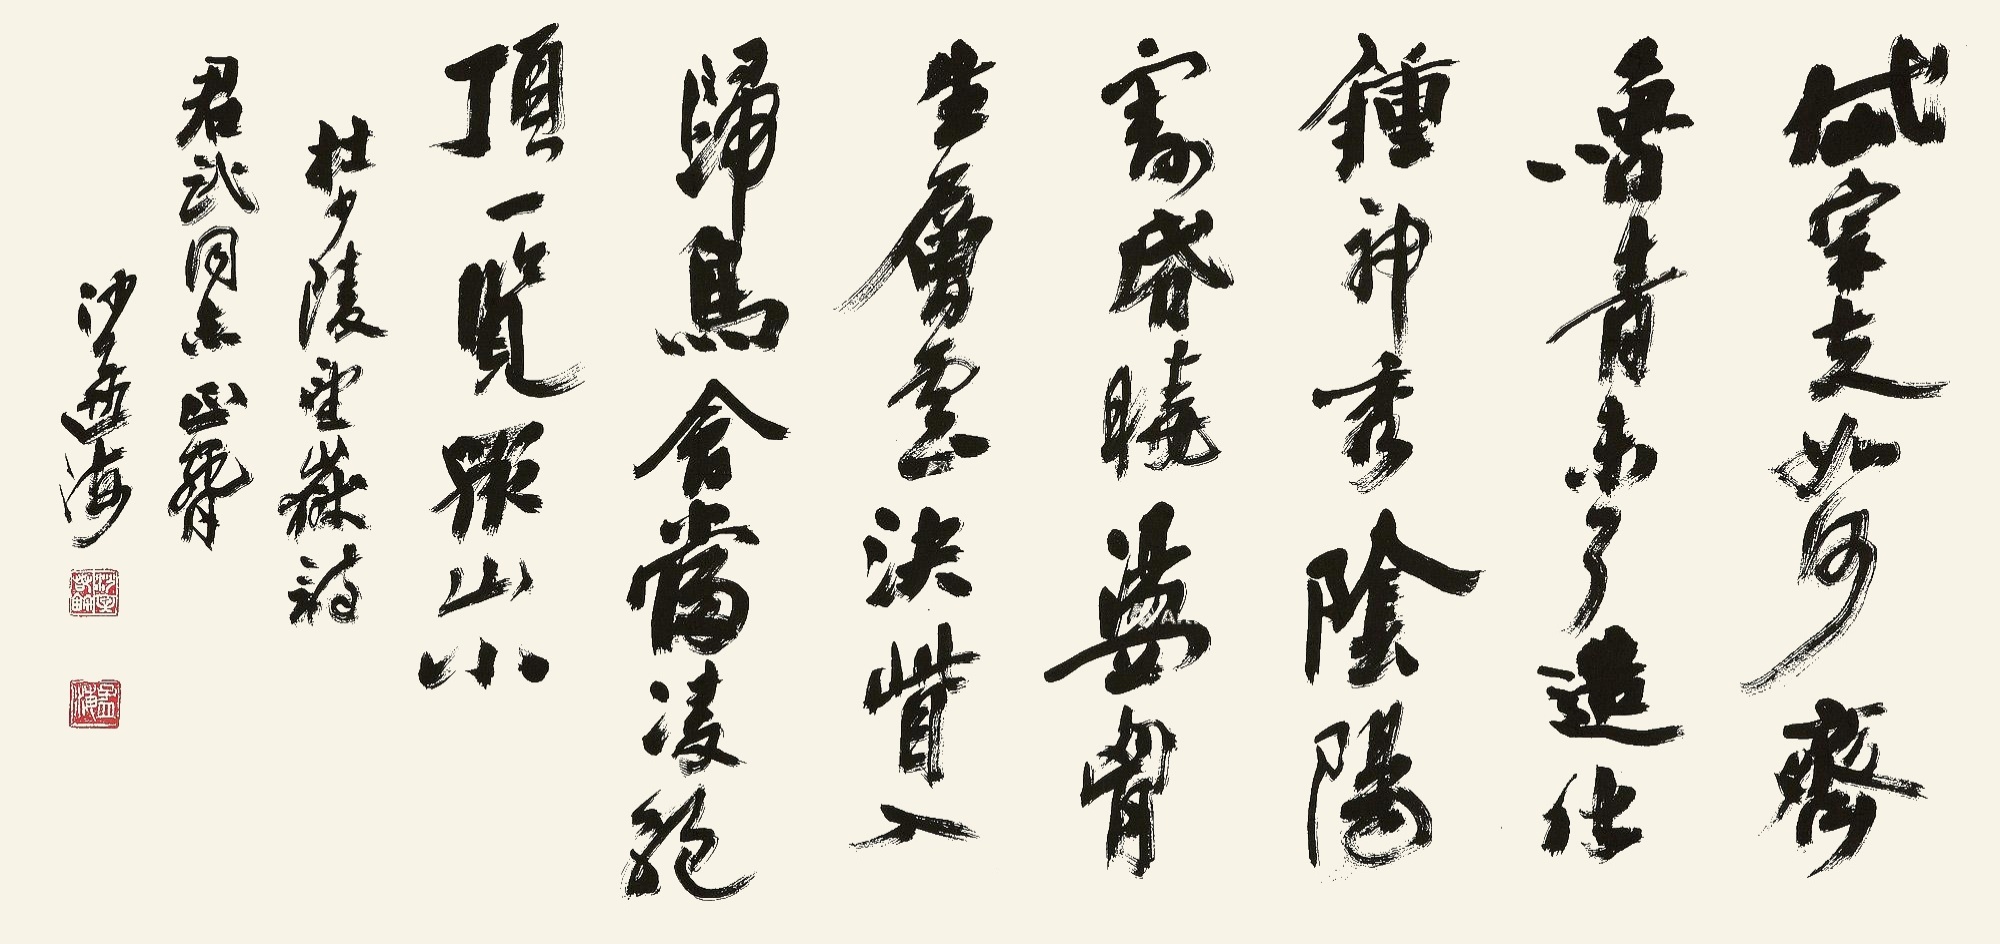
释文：岱宗夫如何？齐鲁青未了。造化钟神秀，阴阳割昏晓。荡胸生层云，决眦入归鸟。会当凌绝顶，一览众山小。杜少陵《望岳》诗。君武同志正腕，沙孟海。